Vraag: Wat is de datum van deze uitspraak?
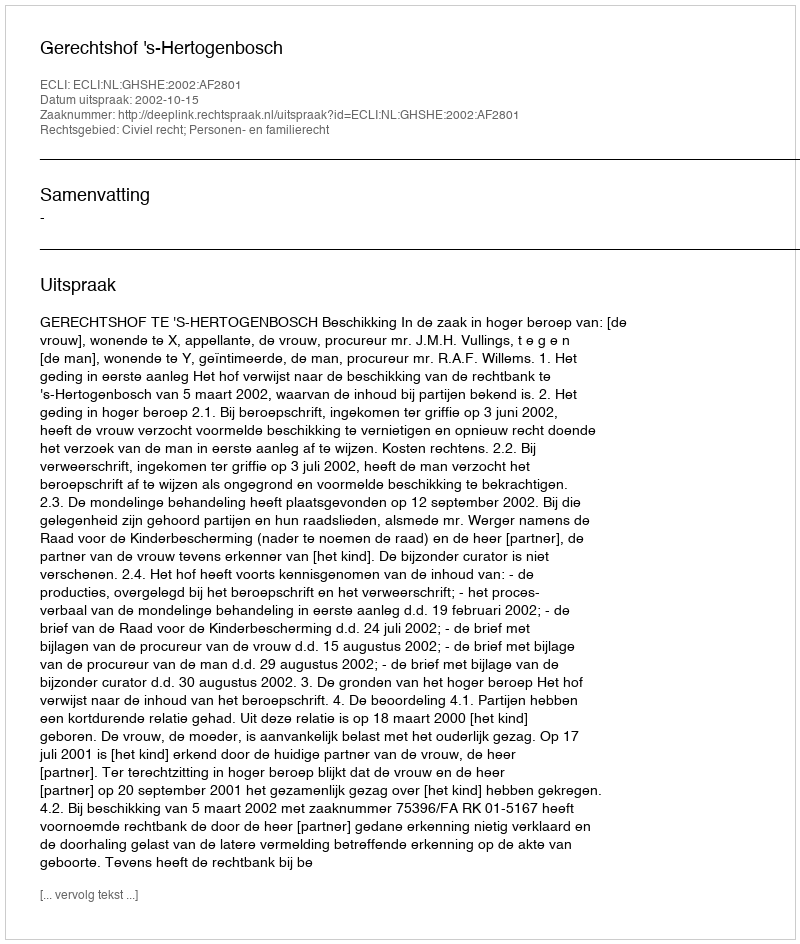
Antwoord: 2002-10-15